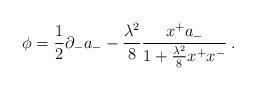
LaTeX: \begin{align*}\phi={1\over2}\partial_-a_--{\lambda^2\over8}{x^+a_-\over1+{\lambda^2\over8}x^+x^-}\>.\end{align*}